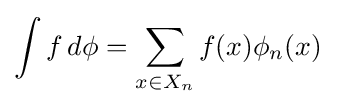
\int f\,d\phi =\sum _{x\in X_{n}}f(x)\phi _{n}(x)\